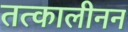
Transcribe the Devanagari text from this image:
तत्कालीनन